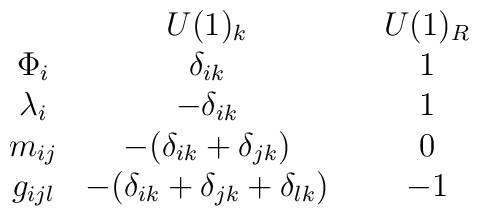
\begin{array}{cccc} & U(1)_k &  {}  & U(1)_R\\\Phi_i &  \delta_{ik} & & 1\\\lambda_{i} & -\delta_{ik} & & 1 \\m_{ij} &  -(\delta_{ik} + \delta_{jk}) & & 0\\g_{ijl} &  -(\delta_{ik} + \delta_{jk} + \delta_{lk}) & & -1\end{array}